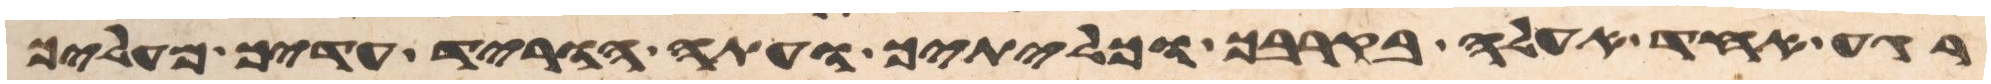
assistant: רגע אחד אעלה בקרבך וכליתיך ועתה הוריד עדיך מעליך